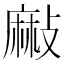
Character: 𪎘